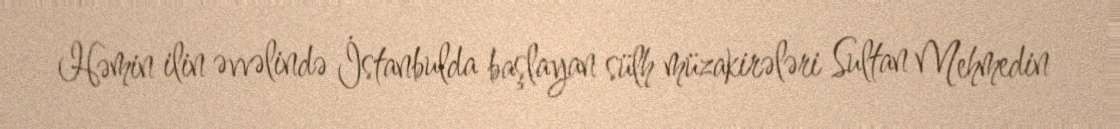
Həmin ilin əvvəlində İstanbulda başlayan sülh müzakirələri Sultan Mehmedin